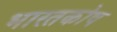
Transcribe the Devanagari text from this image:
भारतकोष